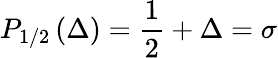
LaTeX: P_{1/2}\left(\Delta\right)=\frac{1}{2}+\Delta=\sigma